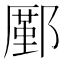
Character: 𨞋